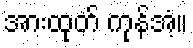
အားထုတ် ကုန်အံ့။